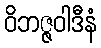
ဝိဘဇ္ဇဝါဒီနံ